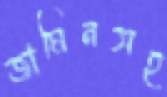
জামিনসহ